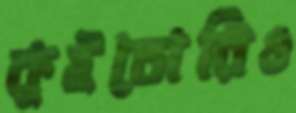
কুইতোরিও